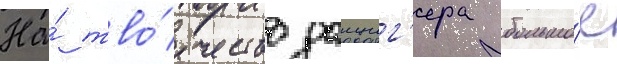
На́ тво́рчество данциг'ера большо́е